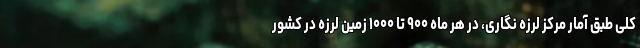
کلی طبق آمار مرکز لرزه نگاری، در هر ماه ۹۰۰ تا ۱۰۰۰ زمین لرزه در کشور